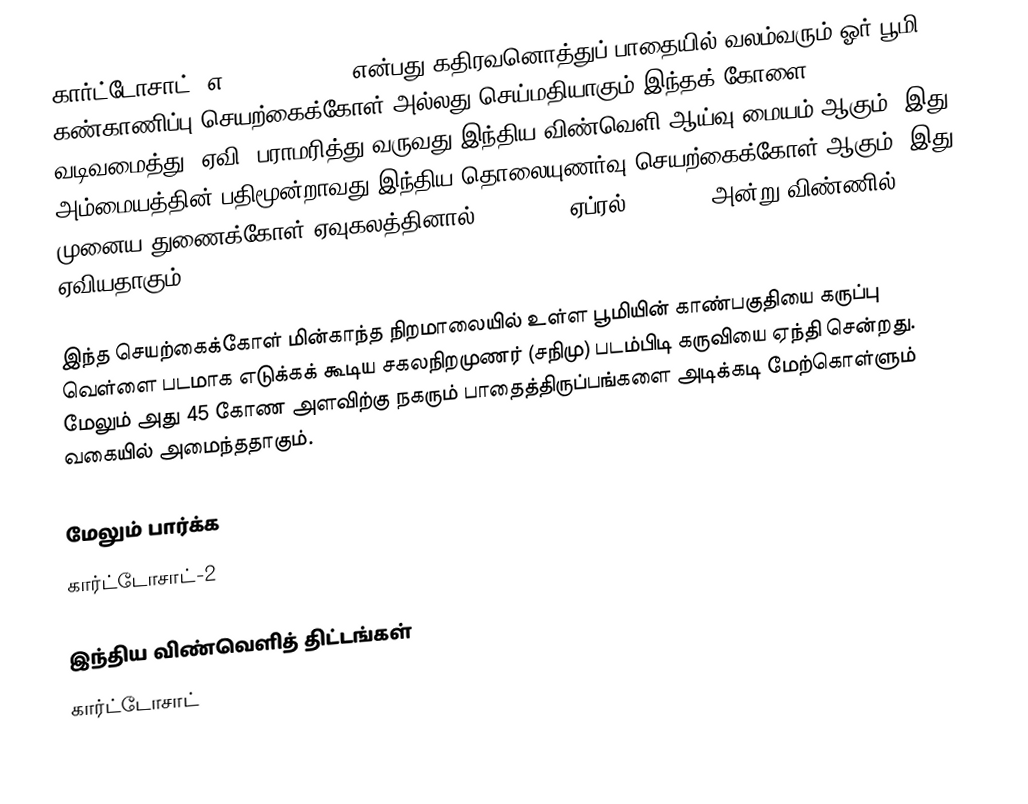
கார்ட்டோசாட்-2எ (Cartosat-2A) என்பது கதிரவனொத்துப் பாதையில் வலம்வரும் ஓர் பூமி கண்காணிப்பு செயற்கைக்கோள் அல்லது செய்மதியாகும்.இந்தக் கோளை வடிவமைத்து, ஏவி, பராமரித்து வருவது இந்திய விண்வெளி ஆய்வு மையம் ஆகும். இது அம்மையத்தின் பதிமூன்றாவது இந்திய தொலையுணர்வு செயற்கைக்கோள் ஆகும். இது  முனைய துணைக்கோள் ஏவுகலத்தினால்( PSLV-C9) ஏப்ரல் 28, 2008 அன்று விண்ணில் ஏவியதாகும்.

இந்த செயற்கைக்கோள் மின்காந்த நிறமாலையில் உள்ள பூமியின் காண்பகுதியை கருப்பு வெள்ளை படமாக எடுக்கக் கூடிய சகலநிறமுணர் (சநிமு) படம்பிடி கருவியை ஏந்தி சென்றது. மேலும் அது 45 கோண அளவிற்கு நகரும் பாதைத்திருப்பங்களை அடிக்கடி மேற்கொள்ளும் வகையில் அமைந்ததாகும்.

மேலும் பார்க்க
கார்ட்டோசாட்-2

இந்திய விண்வெளித் திட்டங்கள்
கார்ட்டோசாட்